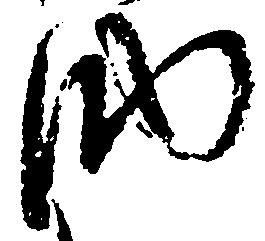
納